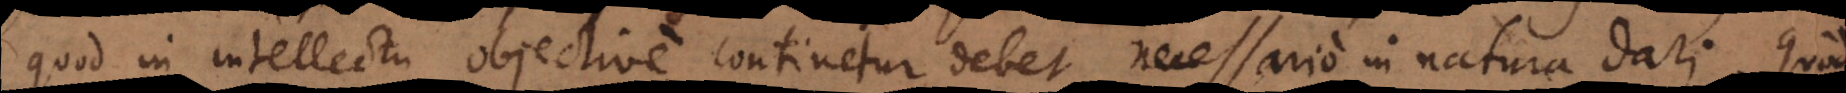
quod in intellectu objective continetur, debet necessario in natura dari. Quod